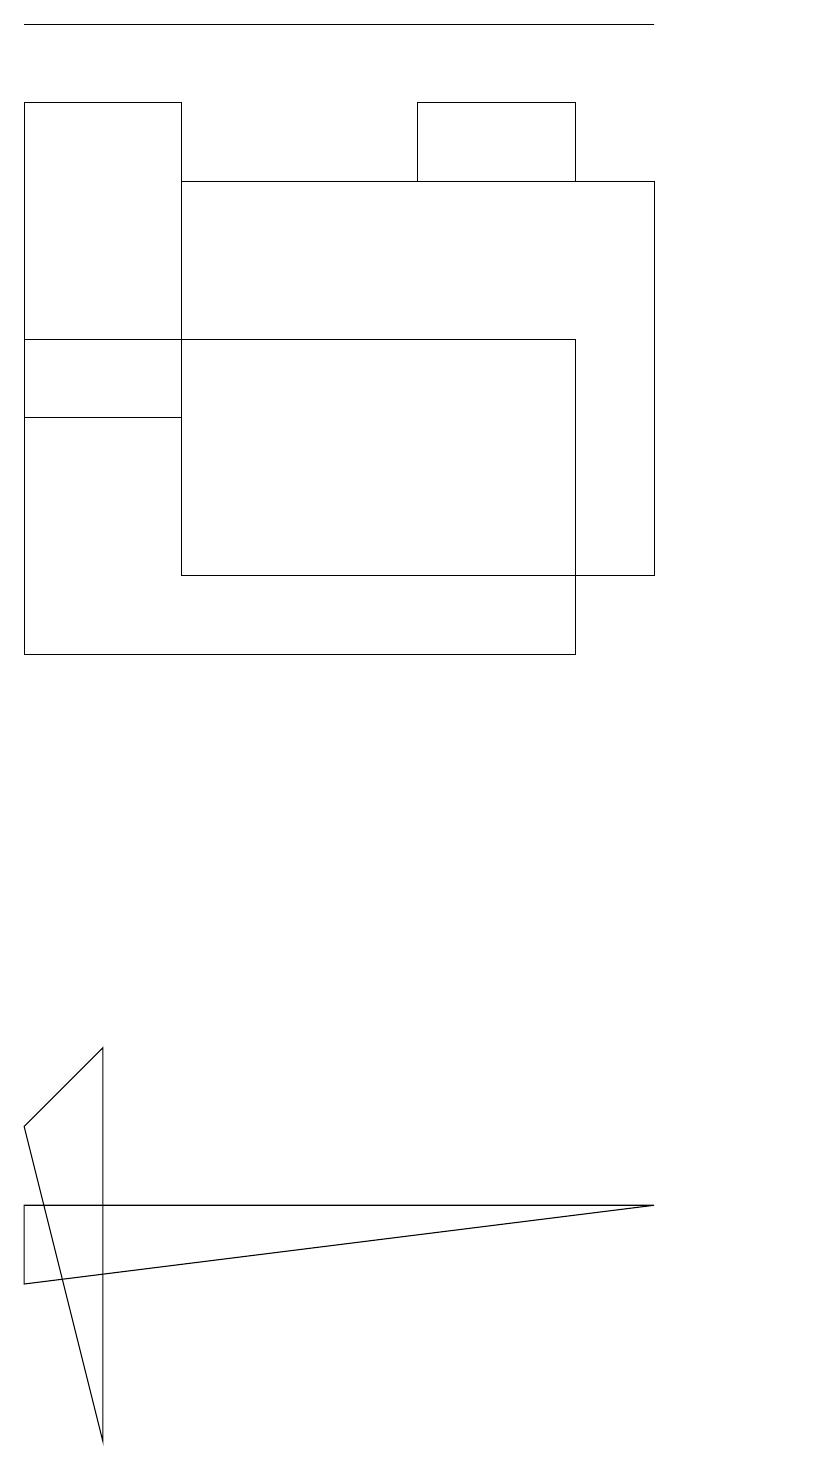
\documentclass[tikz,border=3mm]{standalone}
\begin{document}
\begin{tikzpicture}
\draw (11,10) circle (0);
\draw (6,17) rectangle (8,18);
\draw (2,1) -- (1,5) -- (2,6) -- cycle;
\draw (9,4) -- (1,4) -- (1,3) -- cycle;
\draw (3,14) rectangle (1,18);
\draw (9,12) rectangle (3,17);
\draw (9,19) rectangle (1,19);
\draw (1,11) rectangle (8,15);
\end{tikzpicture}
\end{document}